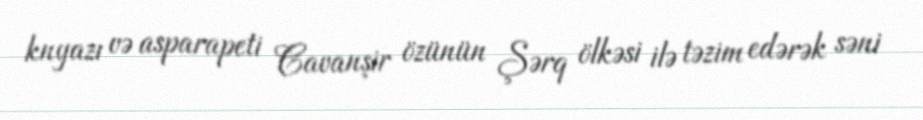
knyazı və asparapeti Cavanşir özünün Şərq ölkəsi ilə təzim edərək səni